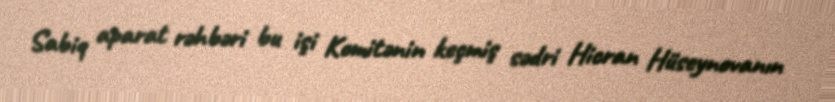
Sabiq aparat rəhbəri bu işi Komitənin keçmiş sədri Hicran Hüseynovanın